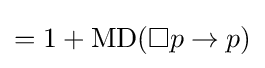
=1+\operatorname {MD} (\Box p\rightarrow p)